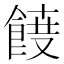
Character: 𮨾